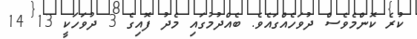
ކުރެ ކޮންމެވެސް ދުވަހެއްގައެވެ. ބެއްދުމުގައި މެދު ފޮއިގެ 3 ދުވަހަކީ 13 14